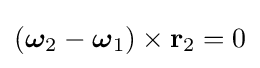
({\boldsymbol {\omega }}_{2}-{\boldsymbol {\omega }}_{1})\times \mathbf {r} _{2}=0